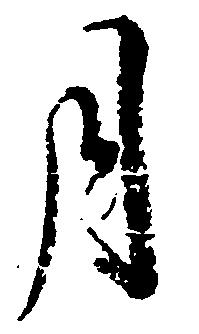
月